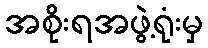
အစိုးရအဖွဲ့ရုံးမှ